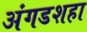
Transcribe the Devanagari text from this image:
अंगडशहा